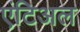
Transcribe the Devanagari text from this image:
एंटिअल